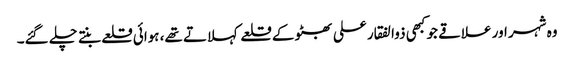
وہ شہر اور علاقے جو کبھی ذوالفقار علی بھٹو کے قلعے کہلاتے تھے، ہوائی قلعے بنتے چلے گئے۔